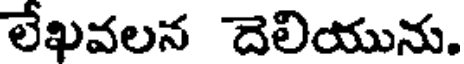
లేఖవలన దెలియును.